Vaccination Hyderabad 1890-1903 - 1890-1903
Year: 1890
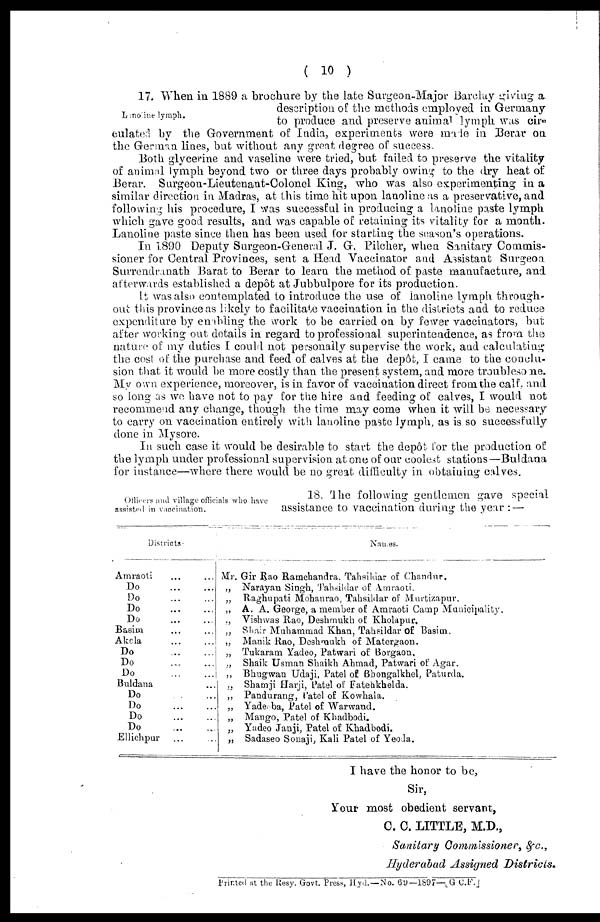
( 10 )
Lanoline lymph.
17. When in 1889 a brochure by the late Surgeon-Major Barclay giving a
description of the methods employed in Germany
to produce and preserve animal lymph was cir¬
culated by the Government of India, experiments were made in Berar on
the German lines, but without any great degree of success.
Both glycerine and vaseline were tried, but failed to preserve the vitality
of animal lymph beyond two or three days probably owing to the dry heat of
Berar. Surgeon-Lieutenant-Colonel King, who was also experimenting in a
similar direction in Madras, at this time hit upon lanoline as a preservative, and
following his procedure, I was successful in producing a lanoline paste lymph
which gave good results, and was capable of retaining its vitality for a month.
Lanoline paste since then has been used for starting the season's operations.
In 1890 Deputy Surgeon-General J. G. Pilcher, when Sanitary Commis-
sioner for Central Provinces, sent a Head Vaccinator and Assistant Surgeon
Surrendranath Barat to Berar to learn the method of paste manufacture, and
afterwards established a depôt at Jubbulpore for its production.
It was also contemplated to introduce the use of lanoline lymph through-
out this province as likely to facilitate vaccination in the districts and to reduce
expenditure by enabling the work to be carried on by fewer vaccinators, but
after working out details in regard to professional superintendence, as from the
nature of my duties I could not personally supervise the work, and calculating
the cost of the purchase and feed of calves at the depôt, I came to the conclu-
sion that it would be more costly than the present system, and more troublesome.
My own experience, moreover, is in favor of vaccination direct from the calf, and
so long as we, have not to pay for the hire and feeding of calves, I would not
recommend any change, though the time may come when it will be necessary
to carry on vaccination entirely with lanoline paste lymph, as is so successfully
done in Mysore.
In such case it would be desirable to start the depôt for the production of
the lymph under professional supervision at one of our coolest stations—Buldana
for instance—where there would be no great difficulty in obtaining calves.
Officers and village officials who have
assisted in vaccination.
18. The following gentlemen gave special
assistance to vaccination during the year : —
Districts.
Amraoti ... ...
Do
...
...
Do
...
...
Do
...
...
Do
...
...
Basim ... ...
Akola ... ...
Do
...
...
Do
...
...
Do
...
...
Buldana ...
Do ... ...
Do
...
...
Do
...
...
Do
...
...
Ellichpur ... ...
Names.
Mr. Gir Rao Ramchandra. Tahsildar of Chandur.
„ Narayan Singh, Tahsildar of Amraoti.
„ Raghupati Mohanrao, Tahsildar of Murtizapur.
„ A. A. George, a member of Amraoti Camp Municipality.
„ Vishwas Rao, Deshmukh of Kholapur.
„ Shair Muhammad Khan, Tahsildar of Basim.
„ Manik Rao, Deshmukh of Matergaon.
„ Tukaram Yadeo, Patwari of Borgaon.
„ Shaik Usman Shaikh Ahmad, Patwari of Agar.
„ Bhugwan Udaji, Patel of Bhongalkhel, Paturda.
„ Shamji Harji, Patel of Fatehkhelda.
„ Pandurang, Patel of Kowhala.
„ Yadeoba, Patel of Warwand.
„ Mango, Patel of Khadbodi.
„ Yadeo Janji, Patel of Khadbodi.
„ Sadaseo Sonaji, Kali Patel of Yeoda.
I have the honor to be,
Sir,
Your most obedient servant,
C. C. LITTLE, M.D.,
Sanitary Commissioner, &c.,
Hyderabad Assigned Districts.
Printed at the Resy. Govt. Press, Hyd.—No. 69—1897—[G.C.F.]